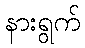
နားရွက်